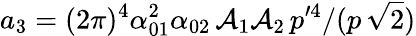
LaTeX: a_{3}=(2\pi)^{4}\alpha_{01}^{2}\alpha_{02}\, {\cal A}_{1}{\cal A}_{2}\, p^{\prime 4}/(p\, \sqrt 2)